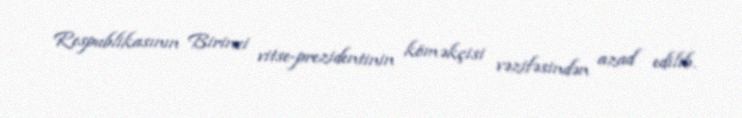
Respublikasının Birinci vitse-prezidentinin köməkçisi vəzifəsindən azad edilib.